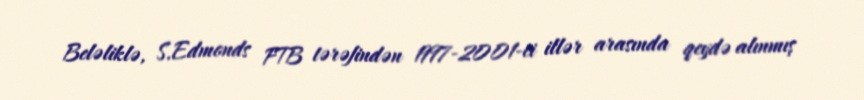
Beləliklə, S.Edmonds FTB tərəfindən 1997-2001-ci illər arasında qeydə alınmış